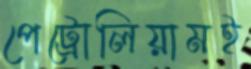
পেট্রোলিয়ামই